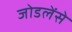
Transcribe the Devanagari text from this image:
जोडलेंसे